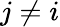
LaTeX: j\neq i